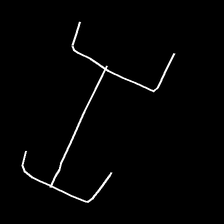
Glyph: entwine